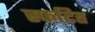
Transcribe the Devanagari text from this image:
स्फटित